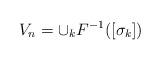
LaTeX: \begin{align*}V_n = \cup_k F^{-1}([\sigma_k])\end{align*}